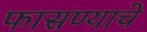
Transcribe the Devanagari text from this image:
फासण्याचे